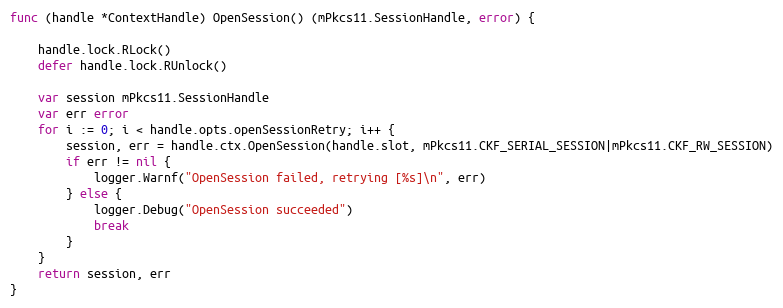
Language: Go
func (handle *ContextHandle) OpenSession() (mPkcs11.SessionHandle, error) {

	handle.lock.RLock()
	defer handle.lock.RUnlock()

	var session mPkcs11.SessionHandle
	var err error
	for i := 0; i < handle.opts.openSessionRetry; i++ {
		session, err = handle.ctx.OpenSession(handle.slot, mPkcs11.CKF_SERIAL_SESSION|mPkcs11.CKF_RW_SESSION)
		if err != nil {
			logger.Warnf("OpenSession failed, retrying [%s]\n", err)
		} else {
			logger.Debug("OpenSession succeeded")
			break
		}
	}
	return session, err
}